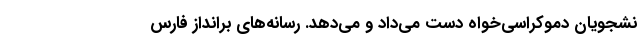
نشجویان دموکراسی‌خواه دست می‌داد و می‌دهد. رسانه‌های برانداز فارس